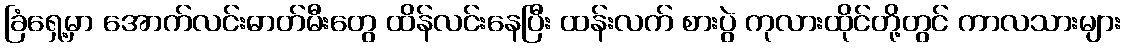
ခြံရှေ့မှာ အောက်လင်းဓာတ်မီးတွေ ထိန်လင်းနေပြီး ထန်းလက် စားပွဲ ကုလားထိုင်တို့တွင် ကာလသားများ